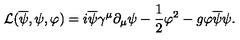
{ \cal L } ( \overline { { \psi } } , \psi , \varphi ) = i \overline { { \psi } } \gamma ^ { \mu } \partial _ { \mu } \psi - \frac { 1 } { 2 } \varphi ^ { 2 } - g \varphi \overline { { \psi } } \psi .